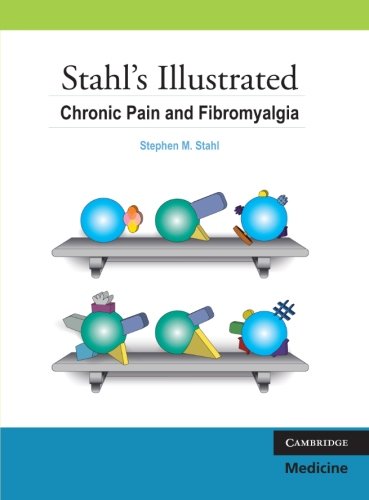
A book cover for Stahl's Illustrated Chronic Pain and Fibromyalgia; Stephen M. Stahl; Medical Books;